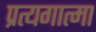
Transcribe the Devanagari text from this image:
प्रत्यगात्मा